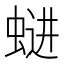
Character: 𱿩